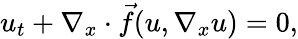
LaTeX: u_{t}+\nabla_{x}\cdot\vec{f}(u,\nabla_{x}u)=0,